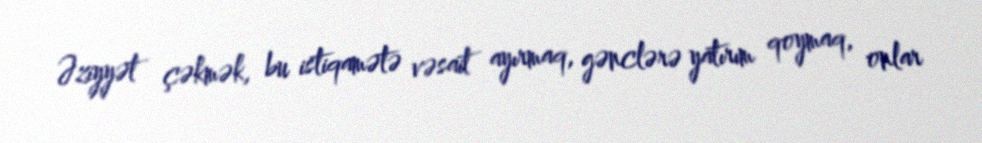
Əziyyət çəkmək, bu istiqamətə vəsait ayırmaq, gənclərə yatırım qoymaq, onlar